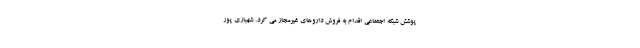
پوشش شبکه اجتماعی اقدام به فروش داروهای غیرمجاز می کرد. شهبازی پور